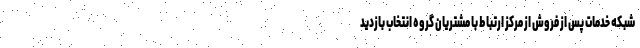
شبکه خدمات پس از فروش از مرکز ارتباط با مشتریان گروه انتخاب بازدید